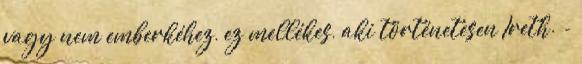
vagy nem emberkéhez, ez mellékes, aki történetesen Ireth. -